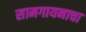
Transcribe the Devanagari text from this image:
सामगायनाचा